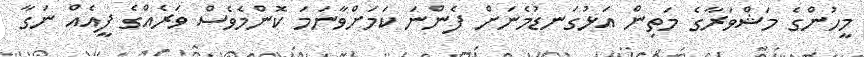
މީހުންގެ މަޝްވަރާގެ މަތިިން އަޅުގަނޑުމެނަށް ފެންނަ ކަމަށްވާނަމަ ކޮންމެވެސް ވަރެއްގެ ފީއެއް ނަގާ